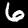
Digit: 6